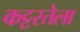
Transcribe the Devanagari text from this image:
कट्टरतेला